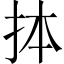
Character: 𢫆